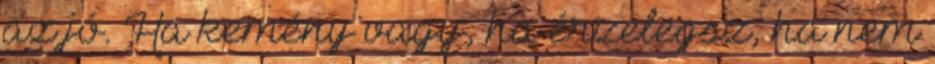
az jó. Ha kemény vagy, ha érzelegsz, ha nem